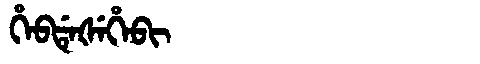
Manchu: ᡥᡝᠪᡩᡝᡧᡝᡥᡝᠪᡳ
Romanization: HEBDEŠEHEBI